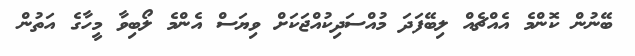
ބޭނުން ކޮންމެ އެއްޗެއް ލިބޭފަދަ މުއްސަދިކުއްޖަކަށް ވިޔަސް އެންމެ ލޯބިވާ މީހާގެ އަތުން